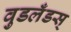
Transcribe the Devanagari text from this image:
वुडलँडस्